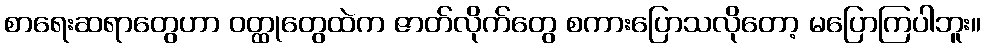
စာရေးဆရာတွေဟာ ဝတ္ထုတွေထဲက ဇာတ်လိုက်တွေ စကားပြောသလိုတော့ မပြောကြပါဘူး။